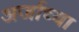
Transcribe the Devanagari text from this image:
अर्जाच्या